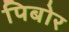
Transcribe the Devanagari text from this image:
पिबोर